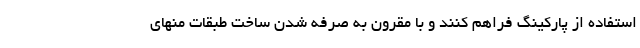
استفاده از پارکینگ فراهم کنند و با مقرون به صرفه شدن ساخت طبقات منهای